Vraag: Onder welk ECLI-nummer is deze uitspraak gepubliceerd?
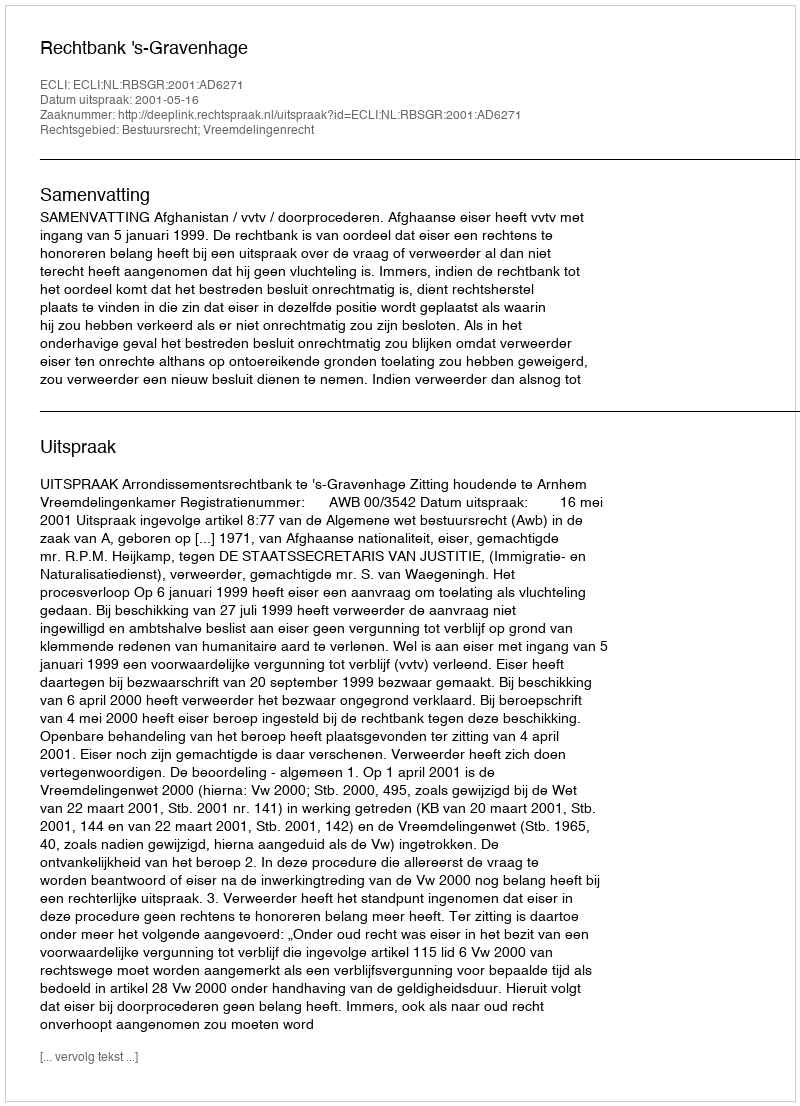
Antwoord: ECLI:NL:RBSGR:2001:AD6271